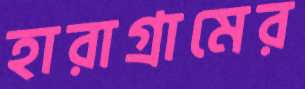
হারাগ্রামের